Report on vaccination in Madras 1895-1903 - 1895-1903
Year: 1895
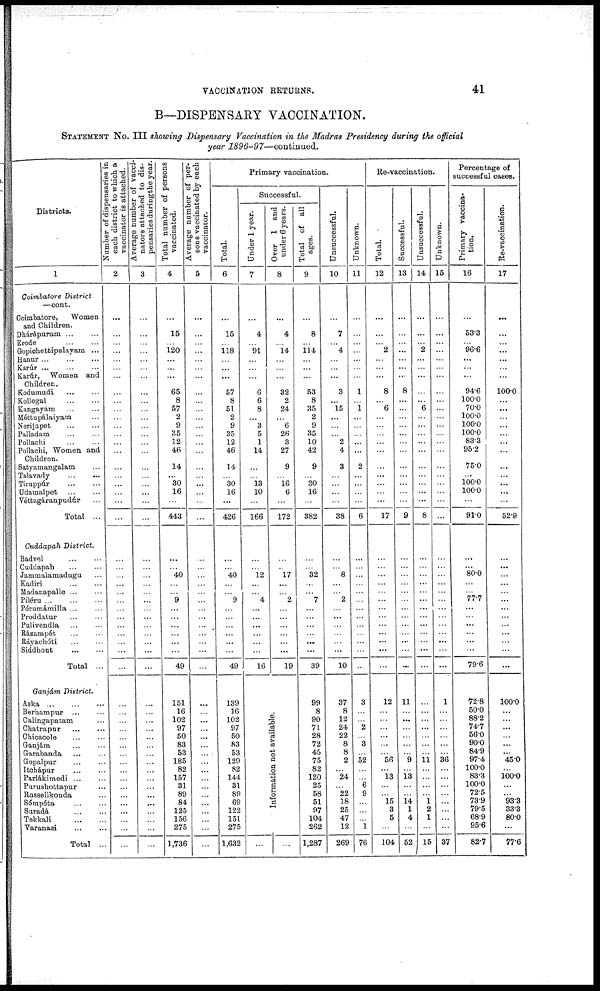
VACCINATION RETURNS.
41
B—DISPENSARY VACCINATION.
STATEMENT No. III showing Dispensary Vaccination in the Madras Presidency during the official
year 1896-97—continued.
Districts.
1
Coimbatore District
—cont.
Coimbatore,
Women
and Children.
Dhárápuram ... ...
Erode
...
...
Gopiohettipalayam ...
Hanur
...
...
...
Karúr
...
...
...
Karúr, Women and
Children.
Kodumudi
...
...
Kollegal
...
...
Kangayam
...
...
Méttupàlaiyam ...
Nerijupet
...
...
Palladam
...
...
Pollachi
...
...
Pollachi, Women and
Children.
Satyamangalam ...
Talavady
...
...
Tiruppúr
...
...
Udamalpet ... ...
Véttagàranpudúr ...
Total ...
Cuddapah District.
Badvel
...
...
Cuddapah
...
...
Jammalamadugu ...
Kadiri ... ...
Madanapalle ...
Píléru
...
...
...
Pórumámilla ... ...
Proddatur ... ...
Pulivendia ... ...
Ràzampét ... ...
Ráyachóti ... ...
Siddhout
...
...
Total ...
Ganjám District.
Aska
...
...
...
Berhampur
...
...
Calingapatam ...
Chatrapur
...
...
Chicacole ... ...
Ganjám ... ...
Garabanda ... ...
Gopalpur ... ...
Itchápur ... ...
Parlákimedi ... ...
Parushottapur ... ...
Russellkonda ...
Sómpéta
...
...
Suradá
...
...
Tekkali
...
...
Varanasi
...
...
Total ...
Number of dispensaries in
each district to which a
vaccinator is attached.
2
...
...
...
...
...
...
...
...
...
...
...
...
...
...
...
...
...
...
...
...
...
...
...
...
...
...
...
...
...
...
...
...
...
...
...
...
...
...
...
...
...
...
...
...
...
...
...
...
...
...
...
...
Average number of vacci¬
nators attached to dis-
pensaries during the year.
3
...
...
...
...
...
...
...
...
...
...
...
...
...
...
...
...
...
...
...
...
...
...
...
...
...
...
...
...
...
...
...
...
...
...
...
...
...
...
...
...
...
...
...
...
...
...
...
...
...
...
...
...
Total number of persons
vaccinated.
4
...
15
...
120
...
...
...
65
8
57
2
9
35
12
46
14
...
30
16
...
443
...
...
...
40
...
...
9
...
...
...
...
...
...
49
151
16
102
97
50
83
53
185
82
157
31
89
84
125
156
275
1,736
Average number of per-
sons vaccinated by each
vaccinator.
5
...
...
...
...
...
...
...
...
...
...
...
...
...
...
...
...
...
...
...
...
...
...
...
...
...
...
...
...
...
...
...
...
...
...
...
...
...
...
...
...
...
...
...
...
...
...
...
...
...
...
...
Primary vaccination.
Total.
6
...
15
...
118
...
...
...
57
8
51
2
9
35
12
46
14
...
30
16
...
426
...
...
...
40
...
...
9
...
...
...
...
...
...
49
139
16
102
97
50
83
53
129
82
144
31
89
69
122
151
275
1,632
Successful.
Under 1 year.
7
...
4
...
91
...
...
...
6
6
8
...
3
5
1
14
...
...
13
10
...
166
...
...
...
12
...
...
4
...
...
...
...
...
...
16
Over 1 and
under 6 years.
8
...
4
...
14
...
...
...
32
2
24
...
6
26
3
27
9
...
16
6
...
172
...
...
...
17
...
...
2
...
...
...
...
...
...
19
Information not available.
...
...
Total of all
ages.
9
...
8
...
114
...
...
...
53
8
35
2
9
35
10
42
9
...
30
16
...
382
...
...
...
32
...
...
7
...
...
...
...
...
...
39
99
8
90
71
28
72
45
75
82
120
25
58
51
97
104
262
1,287
Unsuccessful.
10
...
7
...
4
...
...
...
3
...
15
...
...
...
2
4
3
...
...
...
...
38
...
...
...
8
...
...
2
...
...
...
...
...
...
10
37
8
12
24
22
8
8
2
...
24
...
22
18
25
47
12
269
Unknown.
11
...
...
...
...
...
...
...
1
...
1
...
...
...
...
...
2
...
...
...
...
6
...
...
...
...
...
...
...
...
...
...
...
...
...
...
3
...
...
2
...
3
...
52
...
...
6 9
...
...
...
1
76
Re-vaccination.
Total.
12
...
...
...
2
...
...
...
8
...
6
...
...
...
...
...
...
...
...
...
...
17
...
...
...
...
...
...
...
...
...
...
...
...
...
...
12
...
...
...
...
...
...
56
...
13
...
...
15
3
5
...
104
Successful.
13
...
...
...
...
...
...
...
8
...
...
...
...
...
...
...
...
...
...
...
...
9
...
...
...
...
...
...
...
...
...
...
...
...
...
...
11
...
...
...
...
...
...
9
...
13
...
...
14
1
4
...
52
Unsuccessful.
14
...
...
...
2
...
...
...
...
...
6
...
...
...
...
...
...
...
...
...
...
8
...
...
...
...
...
...
...
...
...
...
...
...
...
...
...
...
...
...
...
...
...
11
...
...
...
...
1
2
1
...
15
Unknown.
15
...
...
...
...
...
...
...
...
...
...
...
...
...
...
...
...
...
...
...
...
...
...
...
...
...
...
...
...
...
...
...
...
...
...
...
1
...
...
...
...
...
...
36
...
...
...
...
...
...
...
...
37
Percentage of
successful cases.
Primary vaccina¬
tion.
16
...
53.3
...
96.6
...
...
...
94.6
100.0
70.0
100.0
100.0
100.0
83.3
95.2
75.0
...
100.0
100.0
...
91.0
...
...
...
80.0
...
...
77.7
...
...
...
...
...
...
79.6
72.8
50.0
88.2
74.7
56.0
90.0
84.9
97.4
100.0
83.3
100.0
72.5
73.9
79.5
68.9
95.6
82.7
Re-vaccination.
17
...
...
...
...
...
...
100.0
...
...
...
...
...
...
...
...
...
...
...
...
52.9
...
...
...
...
...
...
...
...
...
...
...
...
...
...
100.0
...
...
...
...
...
...
45.0
...
100.0
...
...
93.3
33.3
80.0
...
77.6